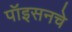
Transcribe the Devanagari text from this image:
पॉइसनचे